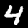
Digit: 4